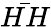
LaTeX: \bar{HH}